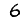
Digit: 6